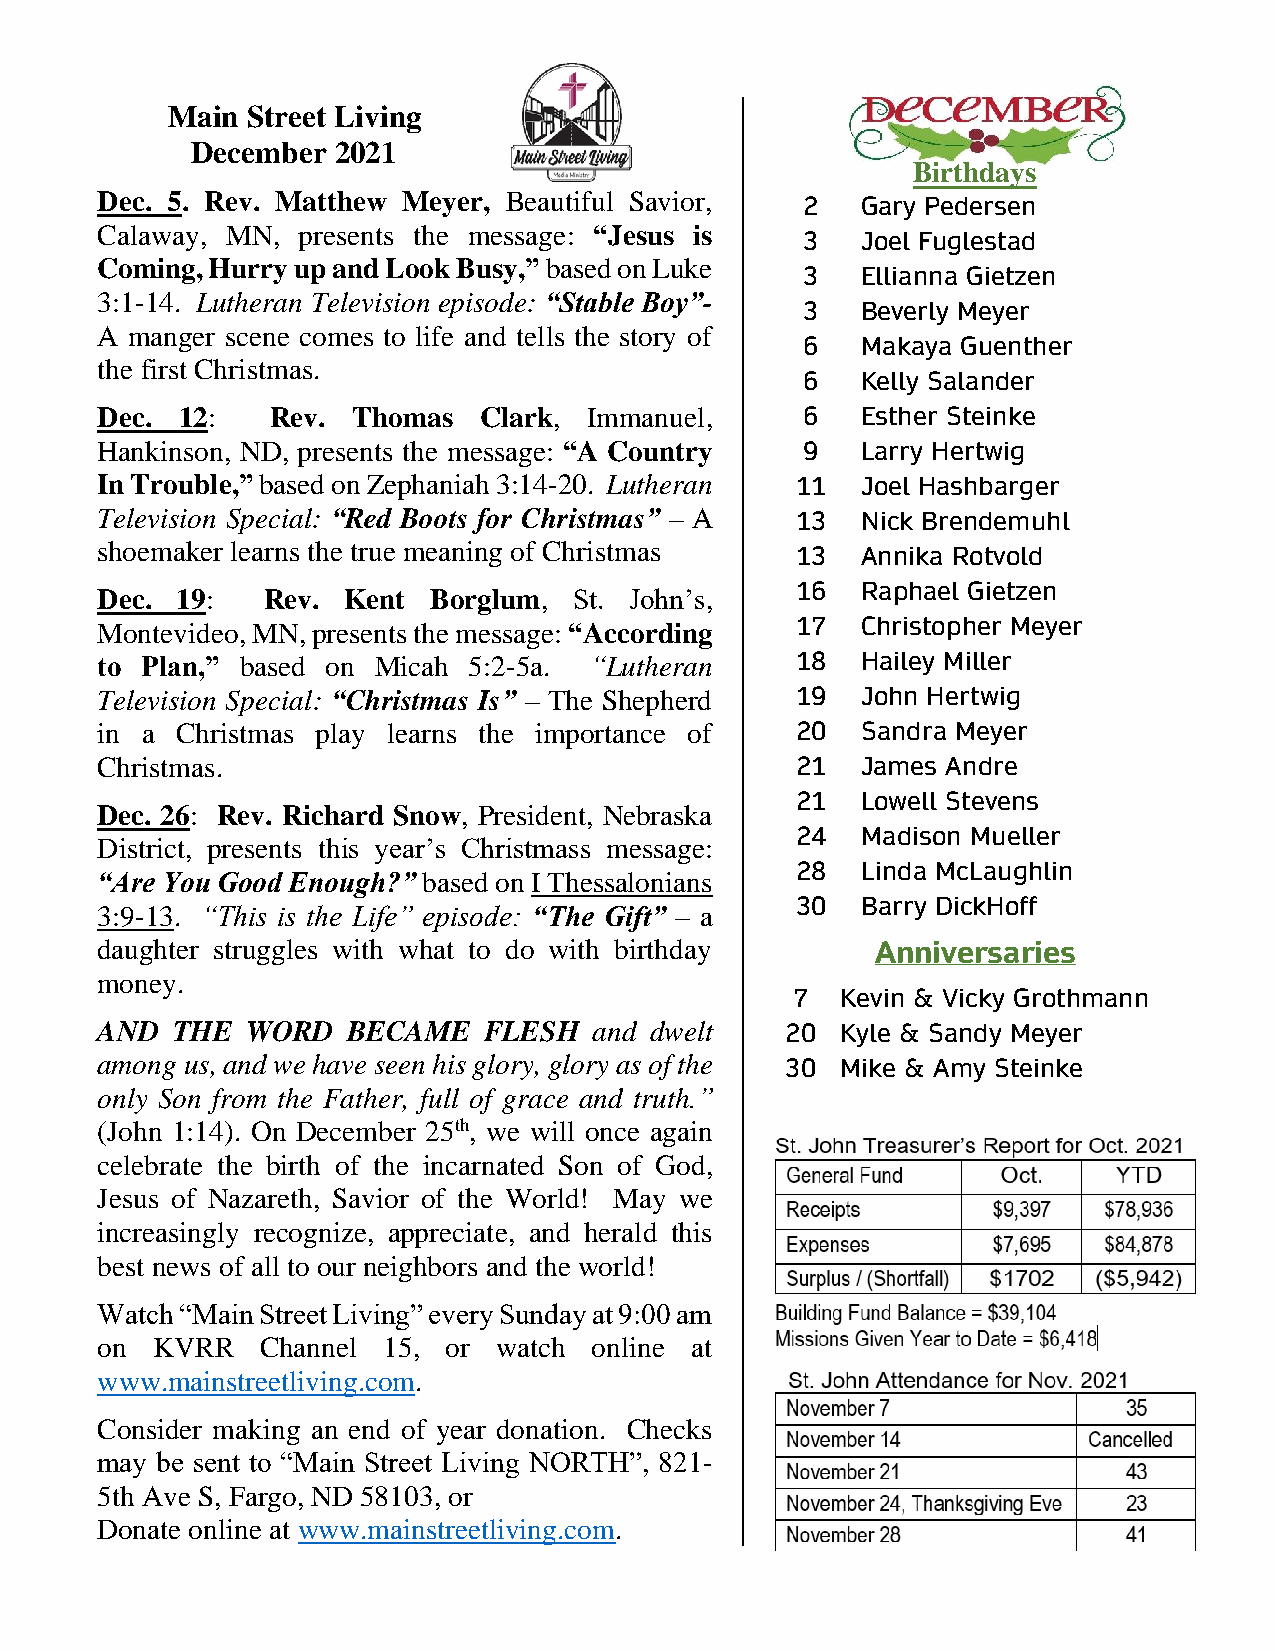
Main Street Living
 December 2021
 Birthdays
 Dec. 5. Rev. Matthew Meyer, Beautiful Savior,
 2   Gary Pedersen
 Calaway, MN,  presents the message: “Jesus is
 3   Joel Fuglestad
 Coming, Hurry up and Look Busy,” based on Luke
 3   Ellianna Gietzen
 3:1-14. Lutheran Television episode: “Stable Boy”-
 3   Beverly Meyer
 A manger scene comes to life and tells the story of
 6   Makaya Guenther
 the first Christmas.
 6   Kelly Salander
 Dec.  12:   Rev. Thomas   Clark, Immanuel,     6   Esther Steinke
 Hankinson, ND, presents the message: “A Country 9  Larry Hertwig
 In Trouble,” based on Zephaniah 3:14-20. Lutheran 11 Joel Hashbarger
 Television Special: “Red Boots for Christmas” – A 13 Nick Brendemuhl
 shoemaker learns the true meaning of Christmas
 13  Annika Rotvold
 16  Raphael Gietzen
 Dec.  19:  Rev.  Kent  Borglum, St. John’s,
 Montevideo, MN, presents the message: “According 17 Christopher Meyer
 to Plan,” based on Micah 5:2-5a. “Lutheran     18  Hailey Miller
 Television Special: “Christmas Is” – The Shepherd 19 John Hertwig
 in a  Christmas play learns the importance of  20  Sandra Meyer
 Christmas.                                     21  James Andre
 21  Lowell Stevens
 Dec. 26: Rev. Richard Snow, President, Nebraska
 24  Madison Mueller
 District, presents this year’s Christmass message:
 28  Linda McLaughlin
 “Are You Good Enough?” based on I Thessalonians
 30  Barry DickHoff
 3:9-13. “This is the Life” episode: “The Gift” – a
 daughter struggles with what to do with birthday    Anniversaries
 money.
 7   Kevin & Vicky Grothmann
 AND  THE  WORD   BECAME   FLESH  and dwelt    20  Kyle & Sandy Meyer
 among us, and we have seen his glory, glory as of the 30 Mike & Amy Steinke
 only Son from the Father, full of grace and truth.”
 (John 1:14). On December 25th, we will once again
 celebrate the birth of the incarnated Son of God,
 Jesus of Nazareth, Savior of the World! May we
 increasingly recognize, appreciate, and herald this
 best news of all to our neighbors and the world!
 Watch “Main Street Living” every Sunday at 9:00 am
 on  KVRR   Channel 15,  or watch online at
 www.mainstreetliving.com.
 Consider making an end of year donation. Checks
 may be sent to “Main Street Living NORTH”, 821-
 5th Ave S, Fargo, ND 58103, or
 Donate online at www.mainstreetliving.com.